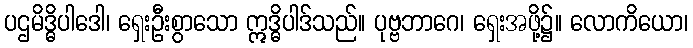
ပဌမိဒ္ဓိပါဒေါ၊ ရှေးဦးစွာသော ဣဒ္ဓိပါဒ်သည်။ ပုဗ္ဗဘာဂေ၊ ရှေးအဖို့၌။ လောကိယော၊